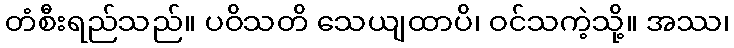
တံစီးရည်သည်။ ပဝိသတိ သေယျထာပိ၊ ဝင်သကဲ့သို့။ အဿ၊